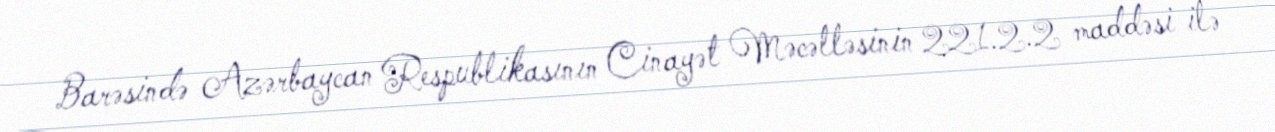
Barəsində Azərbaycan Respublikasının Cinayət Məcəlləsinin 221.2.2 maddəsi ilə